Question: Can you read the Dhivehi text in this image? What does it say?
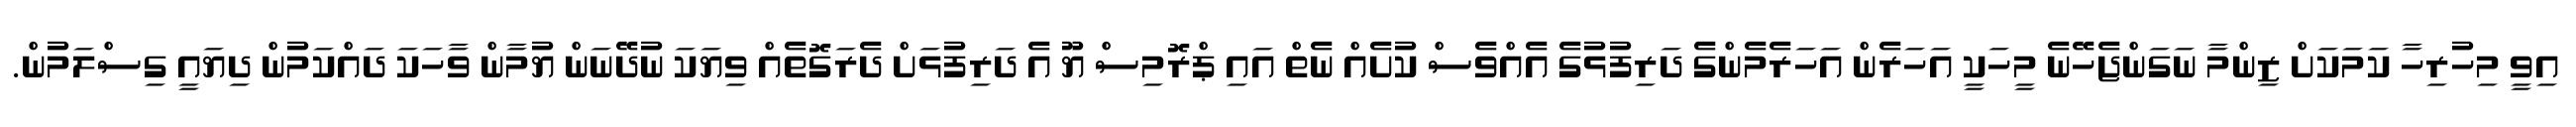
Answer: އިވީ މިހުރިހާ ކަމަކަށް ޒިންމާ ނަގަންޖެހޭނެ މީހަކީ އަހަރެން އަހަރެމެންގެ ދަރިފުޅުގެ އެއްވެސް ކުށެއް ނެތް އައި ޕްރޮމިސް ޔޫ އެ ދަރިފުޅަށް ދެރަގޮތެއް ވިޔަކަ ނުދޭނަން ޔުމާން ވާހަކަ ދައްކަމުން ދިޔައީ ގިސްލަމުން.